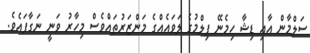
ސަލްމާން އާއި ޑިޝާ ހިމެނޭ ފިލްމުގެ ލަވައެއްގެ މަންޒަރުތައްވެސް މިހާރު ވަނީ ނަގާފައެވެ.